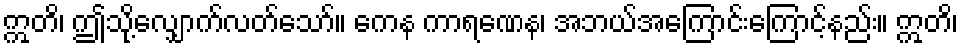
ဣတိ၊ ဤသို့လျှောက်လတ်သော်။ ကေန ကာရဏေန၊ အဘယ်အကြောင်းကြောင့်နည်း။ ဣတိ၊